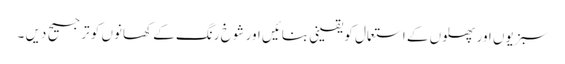
سبزیوں اور پھلوں کے استعمال کو یقینی بنائیں اور شوخ رنگ کے کھانوں کو ترجیح دیں ۔